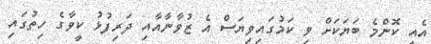
އެއީ ކޮންމެ ބަޔަކަށް ވި ކަމުގައިވިޔަސް އެ ޒުވާނާއާއި ދަރިފުޅު ކީވާގެ ހިތުގައި